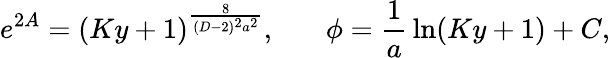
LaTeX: e^{2A}=(Ky+1)^{\frac{8}{(D-2)^{2}a^{2}}},\ \ \ \ \ \ \ \phi={\frac{1}{a}}\ln(Ky+1)+C,